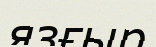
язғыр